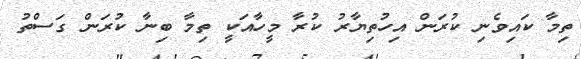
ތިމާ ކައިވެނި ކުރަން އިހުތިޔާރު ކުރާ މީހާއަކީ ތިމާ ބިނާ ކުރަން ގަސްތު